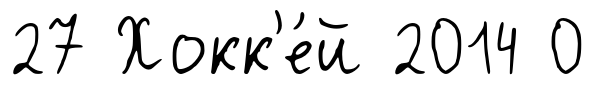
27 Хокк'е́й 2014 0